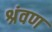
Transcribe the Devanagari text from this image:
श्रंवण